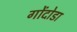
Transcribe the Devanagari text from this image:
गोंदोडा